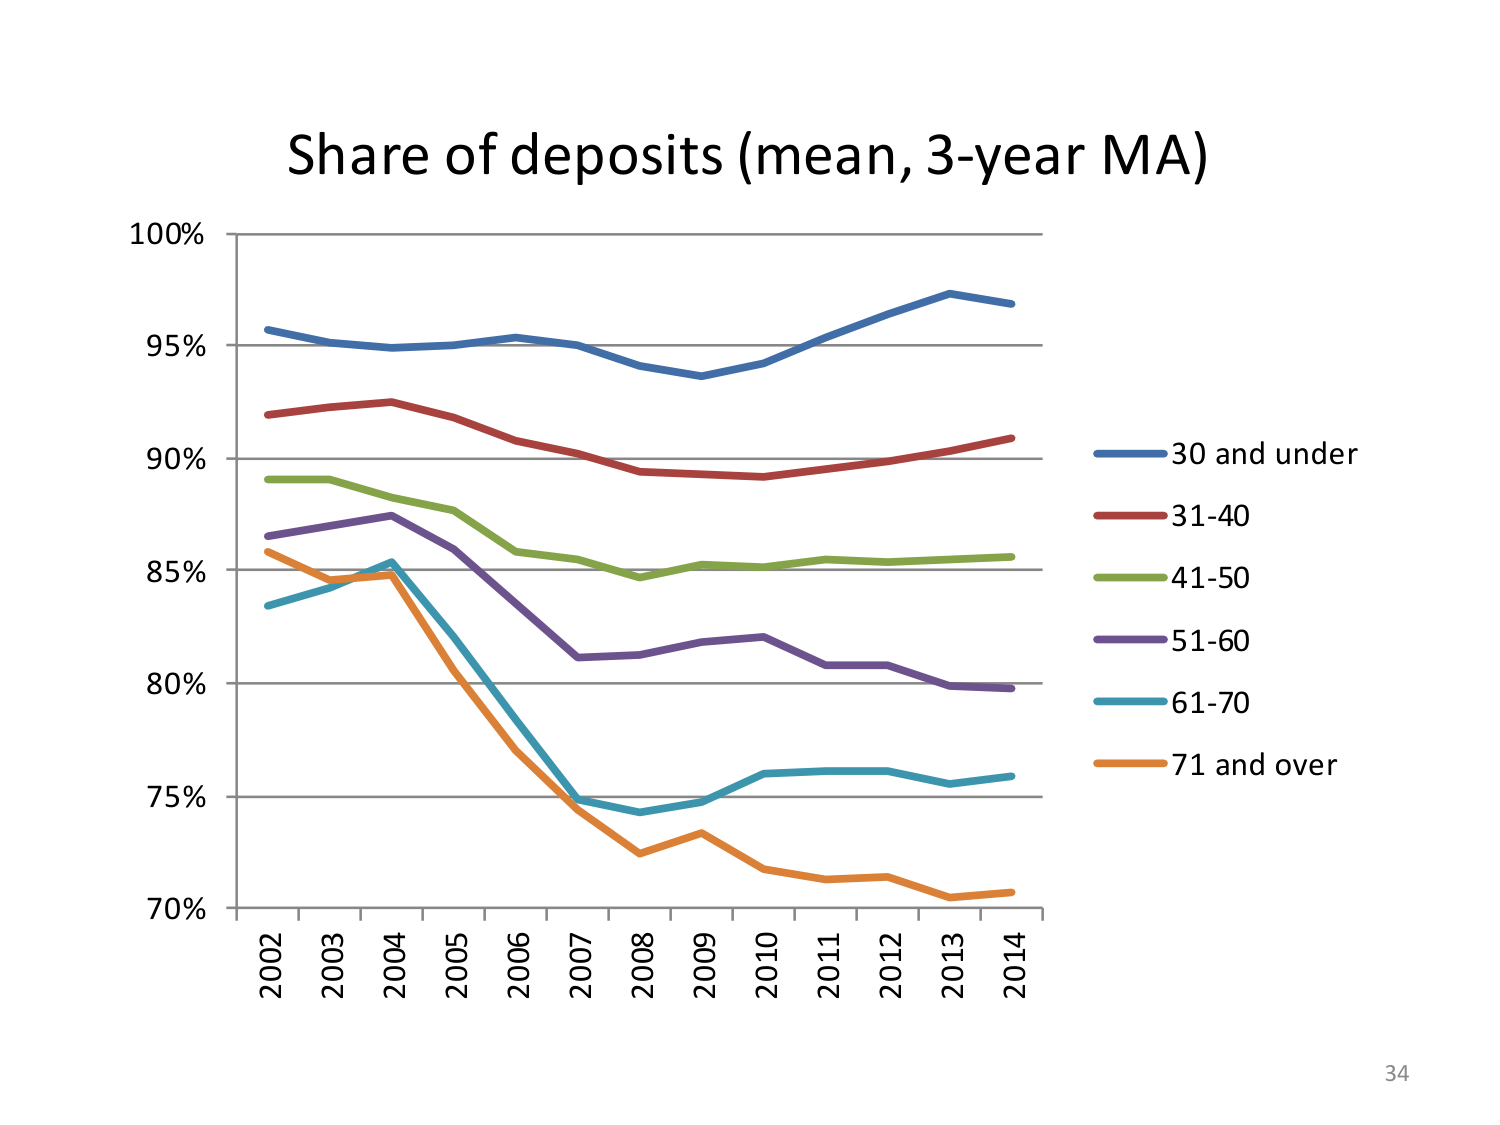
Share of deposits (mean, 3-year MA)
100%
95%
90%
85%
80%
75%
70%
2002 2003 2004 2005 2006 2007 2008 2009 2010 2011 2012 2013 2014
30 and under
31-40
41-50
51-60
61-70
71 and over
34